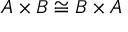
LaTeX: A \times B \cong B \times A